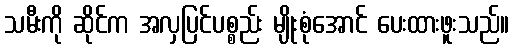
သမီးကို ဆိုင်က အလှပြင်ပစ္စည်း မျိုးစုံအောင် ပေးထားဖူးသည်။